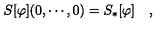
S [ \varphi ] ( 0 , \cdots , 0 ) = S _ { * } [ \varphi ] \quad ,